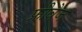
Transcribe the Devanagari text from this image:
फ्रीवेज